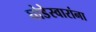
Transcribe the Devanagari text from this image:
घोडेस्वारांना